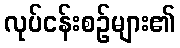
လုပ်ငန်းစဉ်များ၏